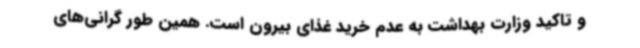
و تاکید وزارت بهداشت به عدم خرید غذای بیرون است. همین‌ طور گرانی‌های